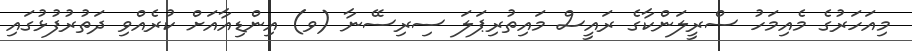
މިއަހަރުގެ މެއިމަހު ސްރީލަންކާގެ ރައީސް މައިތުރިޕަލަ ސިރިސޭނާ (ވ) އިންޑިއާއަށް ކުރެއްވި ދަތުރުފުޅުގައި